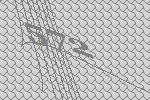
572